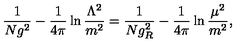
\frac { 1 } { N g ^ { 2 } } - \frac { 1 } { 4 \pi } \ln \frac { \Lambda ^ { 2 } } { m ^ { 2 } } = \frac { 1 } { N g _ { R } ^ { 2 } } - \frac { 1 } { 4 \pi } \ln \frac { \mu ^ { 2 } } { m ^ { 2 } } ,